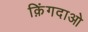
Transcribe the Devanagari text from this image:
क़िंगदाओ